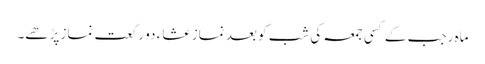
ماہ رجب کے کسی جمعہ کی شب کو بعد نماز عشاء دو رکعت نماز پڑھے۔